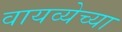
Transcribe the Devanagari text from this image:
वायव्येच्या